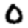
Digit: 0